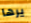
يرها